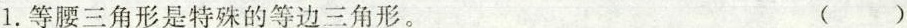
1.等腰三角形是特殊的等边三角形。 ()